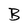
Character: B